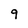
Character: 9